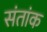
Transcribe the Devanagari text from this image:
संतांक